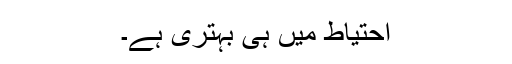
احتیاط میں ہی بہتری ہے۔